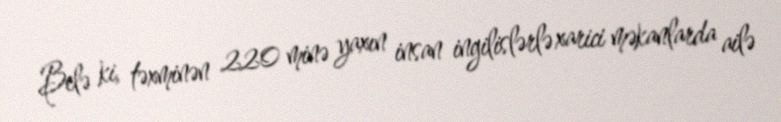
Belə ki, təxminən 220 minə yaxın insan ingilislərlə xarici məkanlarda ailə